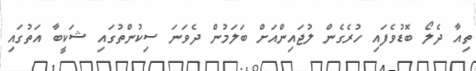
ތިއާ ދެލޯ ބޮޑުވެފައި ހުރެގެން ލުޖައިންއަށް ބަލަމުން ދެވަނަ ސިކުންތުގައި ޝަކީބާ އަތުގައި